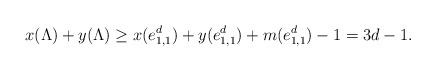
LaTeX: \begin{align*} x(\Lambda)+y(\Lambda) \geq x(e_{1,1}^d) + y(e_{1,1}^d) + m(e_{1,1}^d) - 1 = 3d-1. \end{align*}